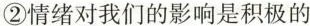
②情绪对我们的影响是积极的